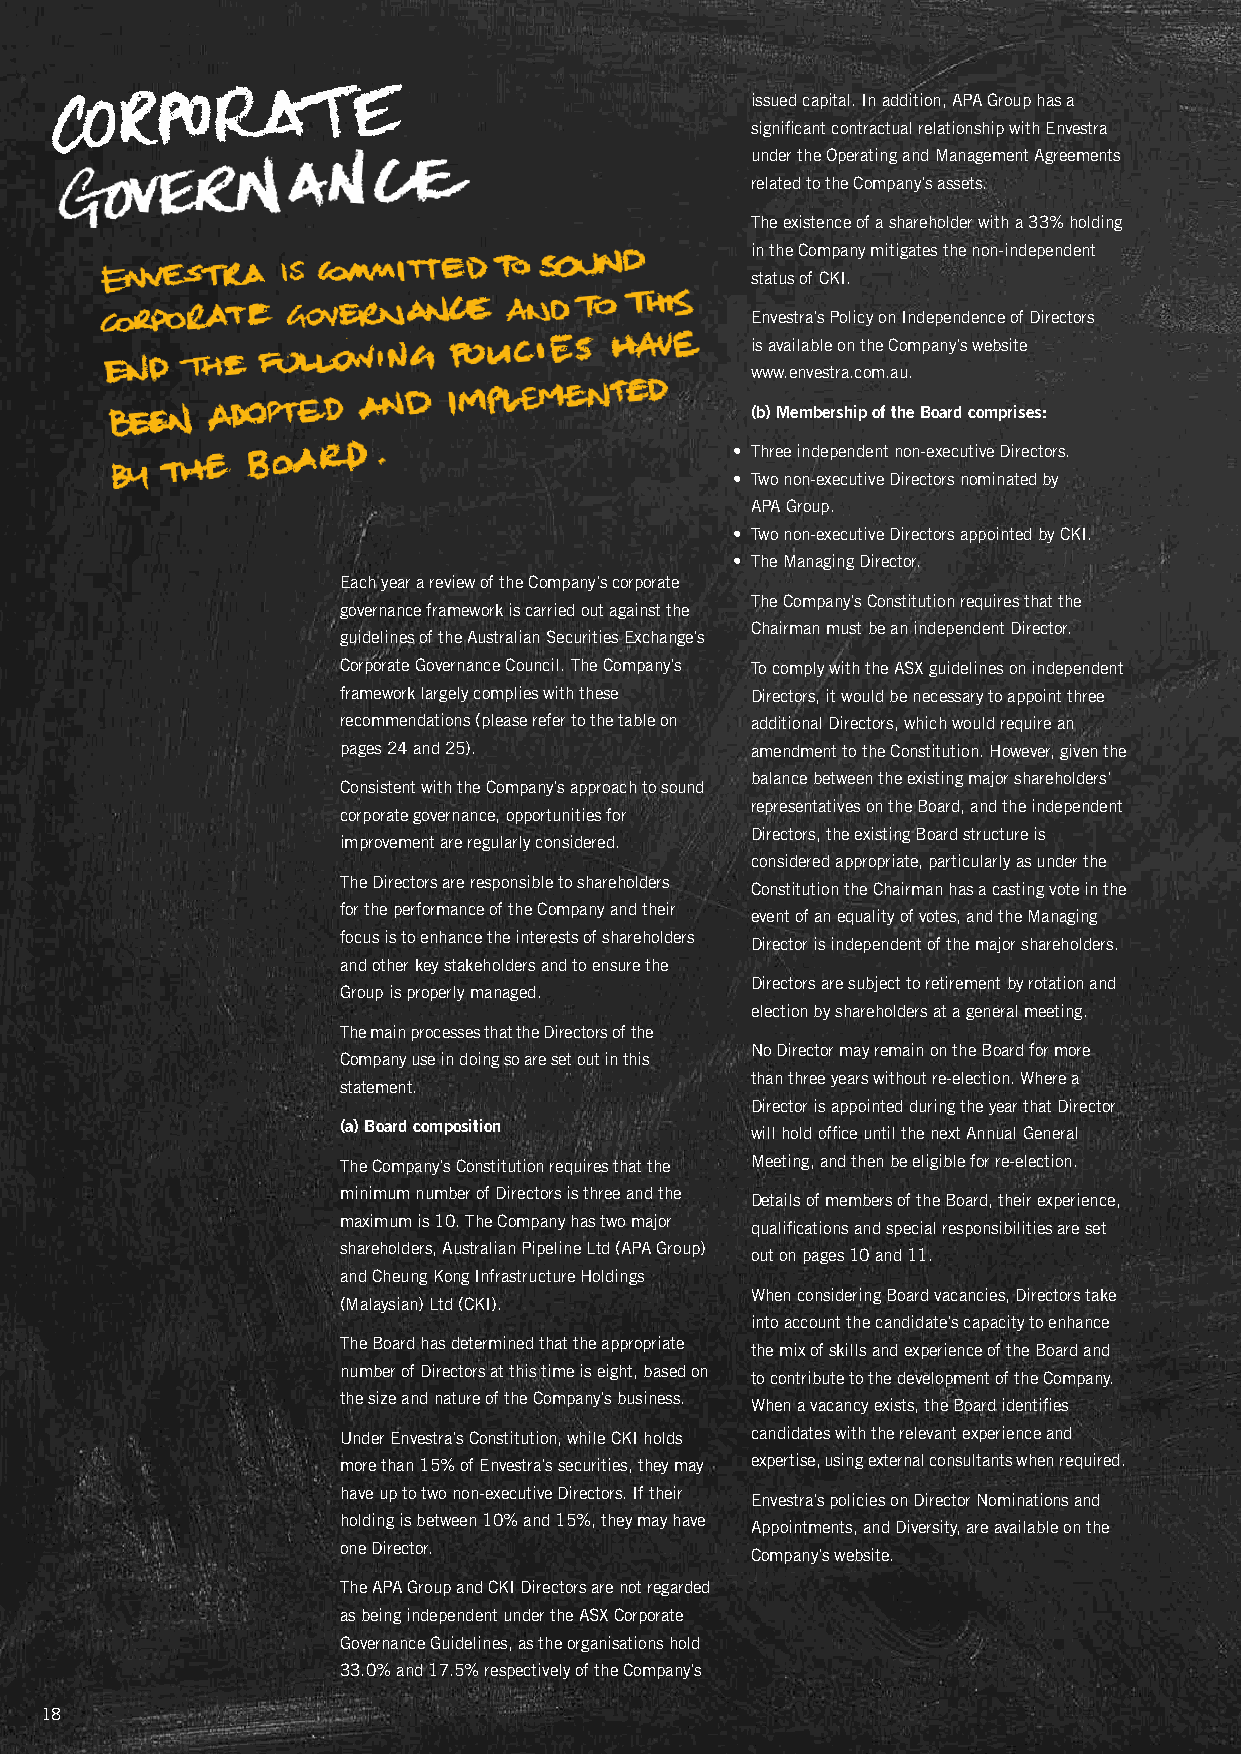
issued capital. In addition, APA Group has a
 significant contractual relationship with envestra
 under the operating and Management Agreements
 related to the Company’s assets.
 The existence of a shareholder with a 33% holding
 in the Company mitigates the non-independent
 status of CKI.
 envestra’s Policy on Independence of Directors
 is available on the Company’s website
 www.envestra.com.au.
 (b) membership of the board comprises:
 • Three independent non-executive Directors.
 • Two non-executive Directors nominated by
 APA Group.
 • Two non-executive Directors appointed by CKI.
 • The Managing Director.
 each year a review of the Company’s corporate
 The Company’s Constitution requires that the
 governance framework is carried out against the
 Chairman must be an independent Director.
 guidelines of the Australian Securities exchange’s
 Corporate Governance Council. The Company’s To comply with the ASX guidelines on independent
 framework largely complies with these Directors, it would be necessary to appoint three
 recommendations (please refer to the table on additional Directors, which would require an
 pages 24 and 25).           amendment to the Constitution. However, given the
 balance between the existing major shareholders’
 Consistent with the Company’s approach to sound
 representatives on the Board, and the independent
 corporate governance, opportunities for
 Directors, the existing Board structure is
 improvement are regularly considered.
 considered appropriate, particularly as under the
 The Directors are responsible to shareholders
 Constitution the Chairman has a casting vote in the
 for the performance of the Company and their
 event of an equality of votes, and the Managing
 focus is to enhance the interests of shareholders
 Director is independent of the major shareholders.
 and other key stakeholders and to ensure the
 Directors are subject to retirement by rotation and
 Group is properly managed.
 election by shareholders at a general meeting.
 The main processes that the Directors of the
 No Director may remain on the Board for more
 Company use in doing so are set out in this
 than three years without re-election. where a
 statement.
 Director is appointed during the year that Director
 (a) board composition
 will hold office until the next Annual General
 The Company’s Constitution requires that the Meeting, and then be eligible for re-election.
 minimum number of Directors is three and the
 Details of members of the Board, their experience,
 maximum is 10. The Company has two major
 qualifications and special responsibilities are set
 shareholders, Australian Pipeline ltd (APA Group)
 out on pages 10 and 11.
 and Cheung Kong Infrastructure Holdings
 when considering Board vacancies, Directors take
 (Malaysian) ltd (CKI).
 into account the candidate’s capacity to enhance
 The Board has determined that the appropriate
 the mix of skills and experience of the Board and
 number of Directors at this time is eight, based on
 to contribute to the development of the Company.
 the size and nature of the Company’s business.
 when a vacancy exists, the Board identifies
 under envestra’s Constitution, while CKI holds candidates with the relevant experience and
 more than 15% of envestra’s securities, they may expertise, using external consultants when required.
 have up to two non-executive Directors. If their
 envestra’s policies on Director Nominations and
 holding is between 10% and 15%, they may have
 Appointments, and Diversity, are available on the
 one Director.
 Company’s website.
 The APA Group and CKI Directors are not regarded
 as being independent under the ASX Corporate
 Governance Guidelines, as the organisations hold
 33.0% and 17.5% respectively of the Company’s
 18